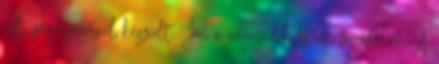
Kft. segítségével készült. Jön a negyedik ipari forradalom A